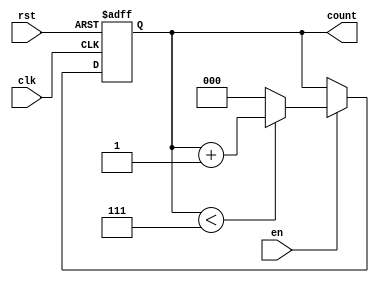
module binary_up_counter (
    input wire clk,       // Clock signal
    input wire rst,       // Asynchronous reset
    input wire en,        // Enable signal
    output reg [N-1:0] count // Output count
);
    // Parameter to define the width of the counter (N bits)
    parameter N = 3; // You can change this for different bit widths

    // Maximum count value based on the number of bits
    localparam MAX_COUNT = (1 << N) - 1;

    // Sequential logic to update the count
    always @(posedge clk or posedge rst) begin
        if (rst) begin
            count <= 0; // Asynchronous reset to 0
        end else if (en) begin
            if (count < MAX_COUNT) begin
                count <= count + 1; // Increment count
            end else begin
                count <= 0; // Wrap around to 0
            end
        end
    end
endmodule